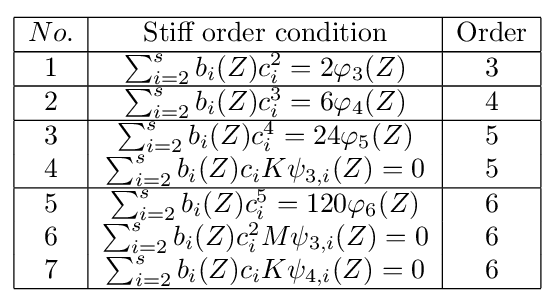
{\begin{array}{|c|c|c| }\hline No.&{\text{Stiff order condition}}&{\text{Order}}\\\hline 1&\sum _{i=2}^{s}b_{i}(Z)c_{i}^{2}=2\varphi _{3}(Z)&3\\\hline 2&\sum _{i=2}^{s}b_{i}(Z)c_{i}^{3}=6\varphi _{4}(Z)&4\\\hline 3&\sum _{i=2}^{s}b_{i}(Z)c_{i}^{4}=24\varphi _{5}(Z)&5\\4&\sum _{i=2}^{s}b_{i}(Z)c_{i}K\psi _{3,i}(Z)=0&5\\\hline 5&\sum _{i=2}^{s}b_{i}(Z)c_{i}^{5}=120\varphi _{6}(Z)&6\\6&\sum _{i=2}^{s}b_{i}(Z)c_{i}^{2}M\psi _{3,i}(Z)=0&6\\7&\sum _{i=2}^{s}b_{i}(Z)c_{i}K\psi _{4,i}(Z)=0&6\\\hline \end{array}}